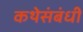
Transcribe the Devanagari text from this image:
कथेसंबंधी